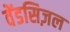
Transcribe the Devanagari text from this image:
वेंडसिज़ल